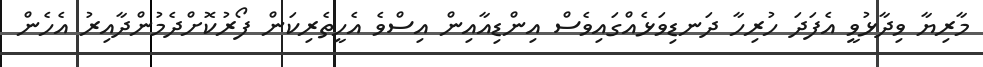
މާރިޔާ ވިދާޅުވީ އެފަދަ ހުރިހާ ދަނޑިވަޅެއްގައިވެސް އިންޑިއާއިން އިސްވެ އެހީތެރިކަން ފޯރުކޮށްދެމުންދާއިރު އެހެން